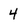
Character: 4